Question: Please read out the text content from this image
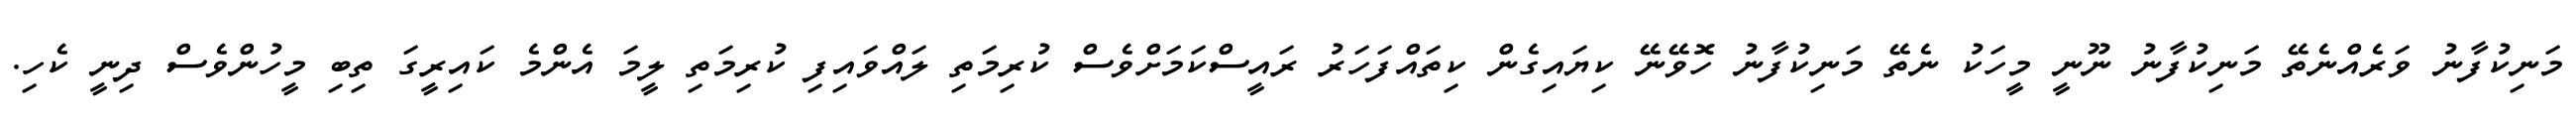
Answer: މަނިކުފާނު ވަރެއްނެތޭ މަނިކުފާނު ނޫނީ މީހަކު ނެތޭ މަނިކުފާނު ހޮވޭނޭ ކިޔައިގެން ކިތައްފަހަރު ރައީސްކަމަށްވެސް ކުރިމަތި ލައްވައިފި ކުރިމަތި ލީމަ އެންމެ ކައިރީގަ ތިބި މީހުންވެސް ދިނީ ކެހި.